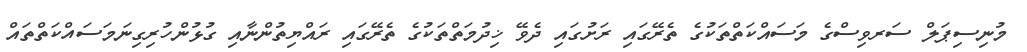
މުނިސިޕަލް ސަރވިސްގެ މަސައްކަތްތަކުގެ ތެރޭގައި ރަށުގައި ދެވޭ ޚިދުމަތްތަކުގެ ތެރޭގައި ރައްޔިތުންނާއި ގުޅުންހުރިގިނަމަސައްކަތްތައް